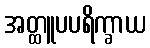
အတ္ထူပပရိက္ခာယ